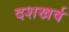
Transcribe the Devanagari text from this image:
दशखर्व